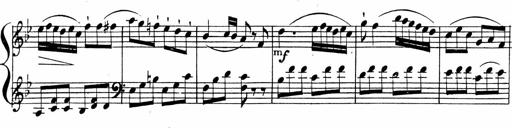
Title: 2 Piano Sonatinas
Composer: Ferdinand Ries